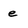
Character: e